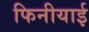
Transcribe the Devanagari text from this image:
फिनीयाई